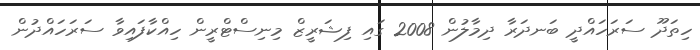
ހިތަދޫ ސަރަހައްދީ ބަނދަރާ ދިމާލުން 2008 ގައި ފިޝަރީޒް މިނިސްޓްރީން ހިއްކާފައިވާ ސަރަހައްދުން